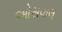
ઓસવાલ